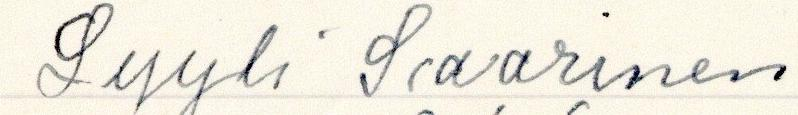
Lyyli Saarinen